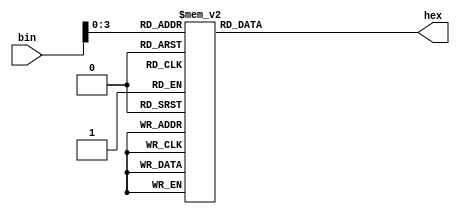
/* Decodificador hexadecimal para display sete sgmentos.
 * Recebe uma entrada binaria de 4 bits.
 * Produz uma saida hexadecimal para display sete segmentos. */
 
module hexto7segment(bin, hex);
	// valor binario de entrada 0000 - 1111
	input [17:0] bin;
	// valor hexadecimal de saida 0 - F
	output [6:0] hex;
	
	reg [6:0] segmentos;
		 
	always @(bin) begin
		case (bin[3:0])
			// leds tipo anodo comun
			// 0 = ligado
			// 1 = desligado
			4'b0000: segmentos = 7'b1000000;	// 0
			4'b0001: segmentos = 7'b1111001;	// 1
			4'b0010: segmentos = 7'b0100100;	// 2
			4'b0011: segmentos = 7'b0110000;	// 3
			4'b0100: segmentos = 7'b0011001;	// 4
			4'b0101: segmentos = 7'b0010010;	// 5
			4'b0110: segmentos = 7'b0000010;	// 6
			4'b0111: segmentos = 7'b1111000;	// 7
			4'b1000: segmentos = 7'b0000000;	// 8
			4'b1001: segmentos = 7'b0010000;	// 9
			4'b1010: segmentos = 7'b0001000;	// A
			4'b1011: segmentos = 7'b0000011;	// B
			4'b1100: segmentos = 7'b0100111;	// C
			4'b1101: segmentos = 7'b0100001;	// D
			4'b1110: segmentos = 7'b0000110;	// E
			4'b1111: segmentos = 7'b0001110;	// F
			default: segmentos = 7'b1111111;
		endcase
	end

	assign hex = segmentos;

endmodule